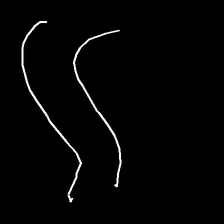
Glyph: float